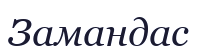
Замандас